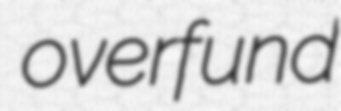
overfund